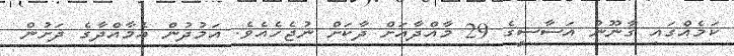
ކަމެއްގައި ޤާނޫނު އަސާސީގެ 29 މާއްދާއަށް ދާކަށް ނުޖެހެއެވެ. އަމުދުން އެމާއްދާގެ ދަށުން